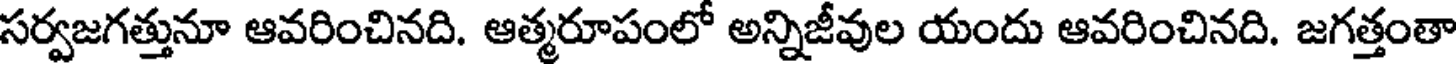
సర్వజగత్తునూ ఆవరించినది. ఆత్మరూపంలో అన్నిజీవుల యందు ఆవరించినది. జగత్తంతా